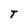
Character: T